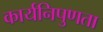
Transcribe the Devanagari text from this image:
कार्यनिपुणता